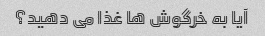
آیا به خرگوش ها غذا می دهید؟